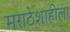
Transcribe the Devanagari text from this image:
मराठेशाहीला